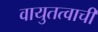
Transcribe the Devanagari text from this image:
वायुतत्वाची